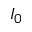
I _ { 0 }